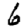
Digit: 6